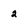
Character: 2